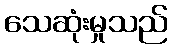
သေဆုံးမှုသည်